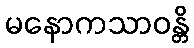
မနောကသာဝန္တိ